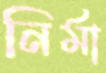
নির্মা